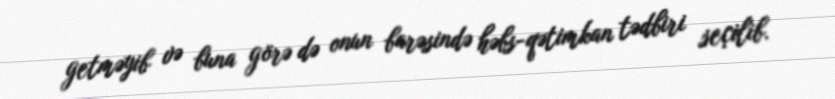
getməyib və buna görə də onun barəsində həbs-qətimkan tədbiri seçilib.